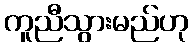
ကူညီသွားမည်ဟု